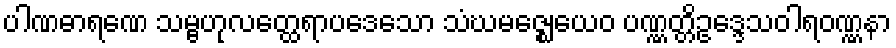
ပါဏဓာရဏေ သမ္ဗဟုလတ္ထေရာပဒေသော သံဃမဇ္ဈေယေဝ ပဏ္ဏတ္တိဥဒ္ဒေသဝါရဝဏ္ဏနာ